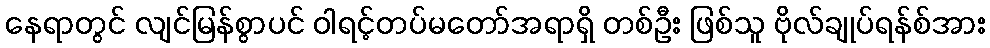
နေရာတွင် လျင်မြန်စွာပင် ဝါရင့်တပ်မတော်အရာရှိ တစ်ဦး ဖြစ်သူ ဗိုလ်ချုပ်ရန်စ်အား